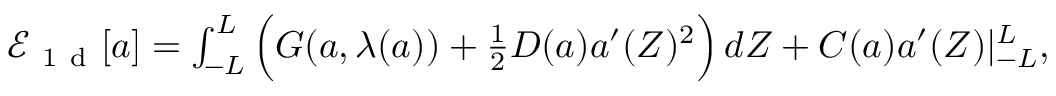
\begin{array} { r } { \mathcal { E } _ { \mathrm { ~ 1 ~ d ~ } } [ { a } ] = \int _ { - L } ^ { L } \Big ( G ( { a } , \lambda ( { a } ) ) + \frac { 1 } { 2 } D ( { a } ) { a } ^ { \prime } ( Z ) ^ { 2 } \Big ) \, d Z + C ( { a } ) { a } ^ { \prime } ( Z ) | _ { - L } ^ { L } , } \end{array}